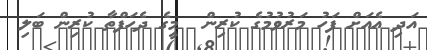
އަދި އެއަށް ފަހު މަރުވުމުގެ ކުރިން  މީގެ ދެހަފްތާ ކުރިން ބަލި